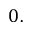
0 .